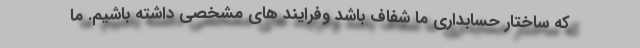
که ساختار حسابداری ما شفاف باشد وفرایند های مشخصی داشته باشیم. ما